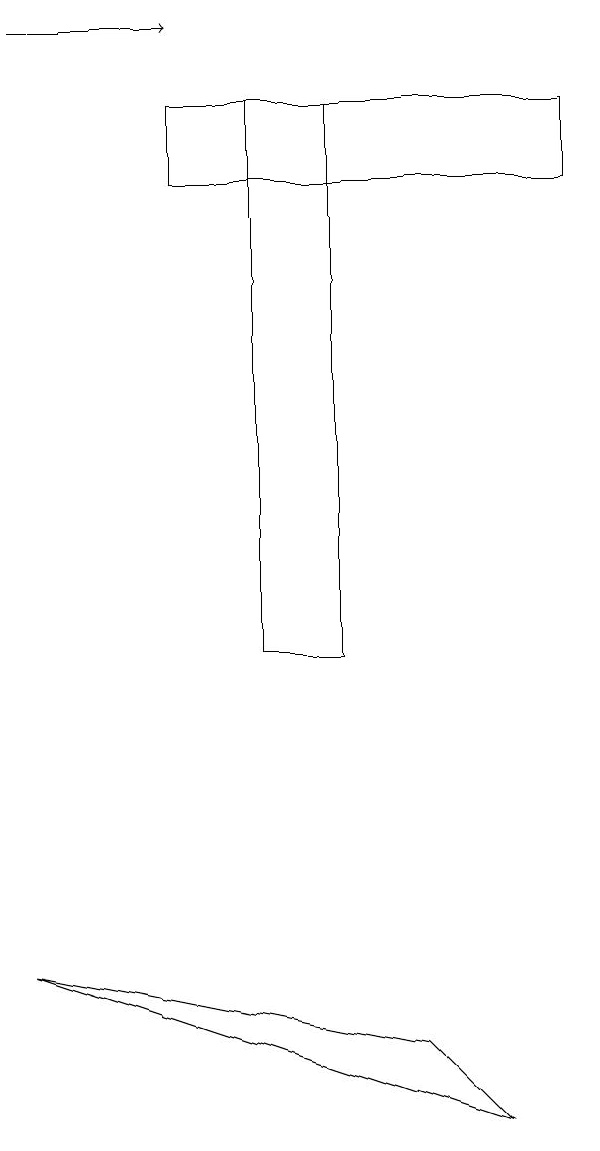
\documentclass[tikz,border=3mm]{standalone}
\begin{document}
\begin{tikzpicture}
\draw (7,17) rectangle (2,18);
\draw (4,18) rectangle (3,11);
\draw[->] (0,19) -- (2,19);
\draw (5,6) -- (0,7) -- (6,5) -- cycle;
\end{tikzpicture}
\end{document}